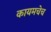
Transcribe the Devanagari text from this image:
कायमचेच